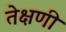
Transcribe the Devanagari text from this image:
तेक्षणी